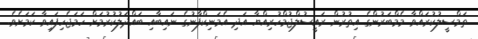
ތަމްސީލުކުރައްވާ މެމްބަރުންގެ އިތުރުން ރައީސުލްޖުމްހުރިއްޔާ އަދި އެމަނިކްފާނުގެ ނައިބާއި ބައްދަލުކުރުމަށް ހަމަޖެހިފައިވާ ކަމަށެވެ.